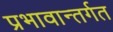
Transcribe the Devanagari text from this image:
प्रभावान्तर्गत